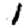
Digit: 1